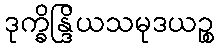
ဒုက္ခိန္ဒြိယသမုဒယဉ္စ